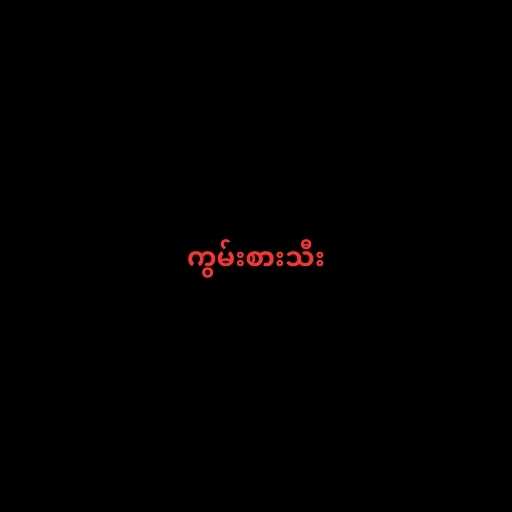
ကွမ်းစားသီး